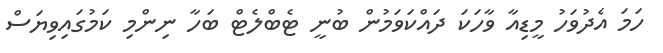
ހަމަ އެދުވަހު މީޑިއާ ވާހަކަ ދައްކަވަމުން ބުނީ ޓެބްލެޓް ބަހާ ނިންމި ކަމުގައިވިޔަސް